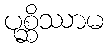
ပုစ္ဆိဿာမ